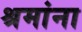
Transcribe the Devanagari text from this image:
श्रमांना